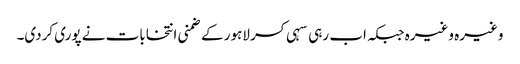
وغیرہ وغیرہ جبکہ اب رہی سہی کسر لاہور کے ضمنی انتخابات نے پوری کردی۔